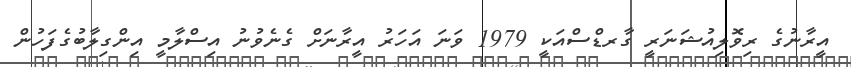
އީރާނުގެ ރިވޮލިއުޝަނަރީ ގާރޑްސްއަކީ 1979 ވަނަ އަހަރު އީރާނަށް ގެނެވުނު އިސްލާމީ އިންގިލާބުގެފަހުން